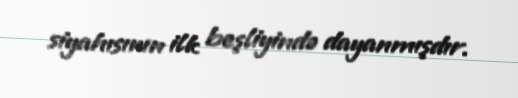
siyahısının ilk beşliyində dayanmışdır.